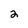
Character: 2